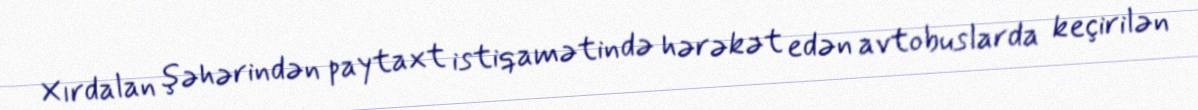
Xırdalan şəhərindən paytaxt istiqamətində hərəkət edən avtobuslarda keçirilən